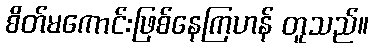
စိတ်မကောင်းဖြစ်နေကြဟန် တူသည်။